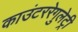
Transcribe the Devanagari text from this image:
काउंटररेगुलेट्री